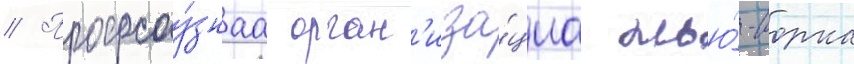
// Профсоу́знаа орган'иза́циа нью́-иорка